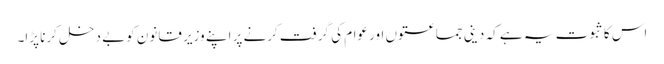
اس کا ثبوت یہ ہے کہ دینی جماعتوں اور عوام کی گرفت کرنے پر اپنے وزیر قانون کوبے دخل کرنا پڑا۔